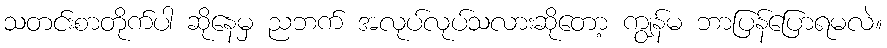
သတင်းစာတိုက်ပါ ဆိုနေမှ ညဘက် အလုပ်လုပ်သလားဆိုတော့ ကျွန်မ ဘာပြန်ပြောရမလဲ။